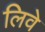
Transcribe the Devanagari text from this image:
लिवे